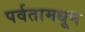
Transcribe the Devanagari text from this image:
पर्वतामधून